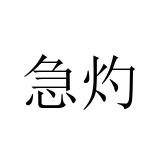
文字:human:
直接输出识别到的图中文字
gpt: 急灼